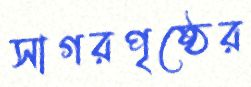
সাগরপৃষ্ঠের